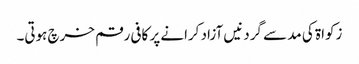
زکواۃ کی مد سے گردنیں آزاد کرانے پر کافی رقم خرچ ہوتی۔